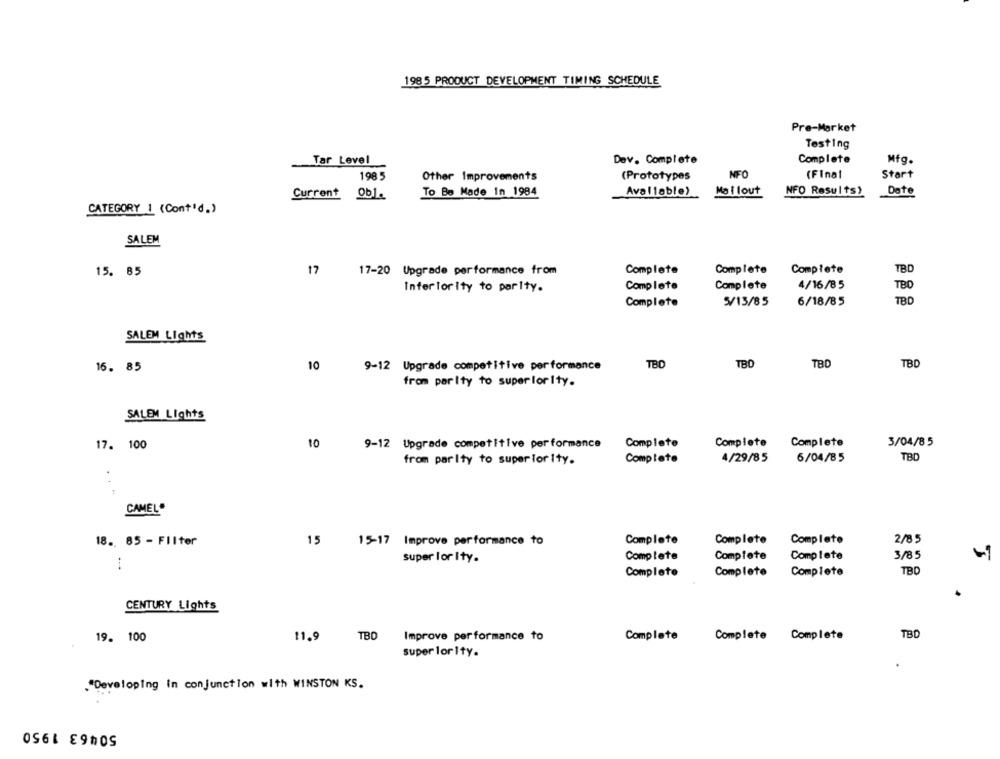
1985 PRODUCT DEVELOPMENT TIMING SCHEDULE
Pre-Market
Testing
Tar Level
Dev. Complete
Complete
Mfg.
198.5
NFO
(Final
Start
Other Improvements
(Prototypes
Date
Current 0b1.
To Be Made in 1984
Available?
Ma i lout
NFO Results)
CATEGORY 1 (Cont'd.)
SALEM
15. 85
17
17-20 Upgrade performance from
Complete
Complete
Complete
TBD
Inferiority to parlty.
Complete
Complete
4/16/85
TBD
Complete
5/13/85
6/18/85
TBD
SALEM Lights
TBD
TBD
TBD
TBD
16. 85
10
9-12 Upgrade competitive performance
from parIty to superiority.
SALEM Lights
17. 100
10
9-12 Upgrade competitive performance
Complete
Complete Complete
3/04/85
from parIty to superior ity.
Complete
4/29/85
6/04/85
TBD
CAMELO
Complete
Complete
2/85
18. 85 - Filter
15
15-17 Improve performance to
Complete
Complete
3/85
super lor Ity.
Complete
Complete
TBD
Complete
Complete
Complete
CENTURY Lights
19. 100
TBD
Improve performance to
Complete
Complete Complete
TBD
11.9
super lority.
"Developing in conjunction with WINSTON KS.
0561 E90